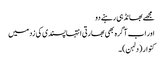
مجھے بھانڈ ہی رہنے دو
اور اب آگرہ بھی بھارتی انتہاپسندی کی زد میں
کنوار (دلہن)۔